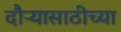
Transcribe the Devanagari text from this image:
दौऱ्यासाठीच्या